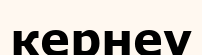
кернеу